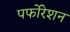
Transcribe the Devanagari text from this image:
पर्फोरेशन